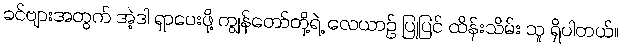
ခင်ဗျားအတွက် အဲ့ဒါ ရှာပေးဖို့ ကျွန်တော်တို့ရဲ့ လေယာဉ် ပြုပြင် ထိန်းသိမ်း သူ ရှိပါတယ်။